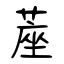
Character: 蓙